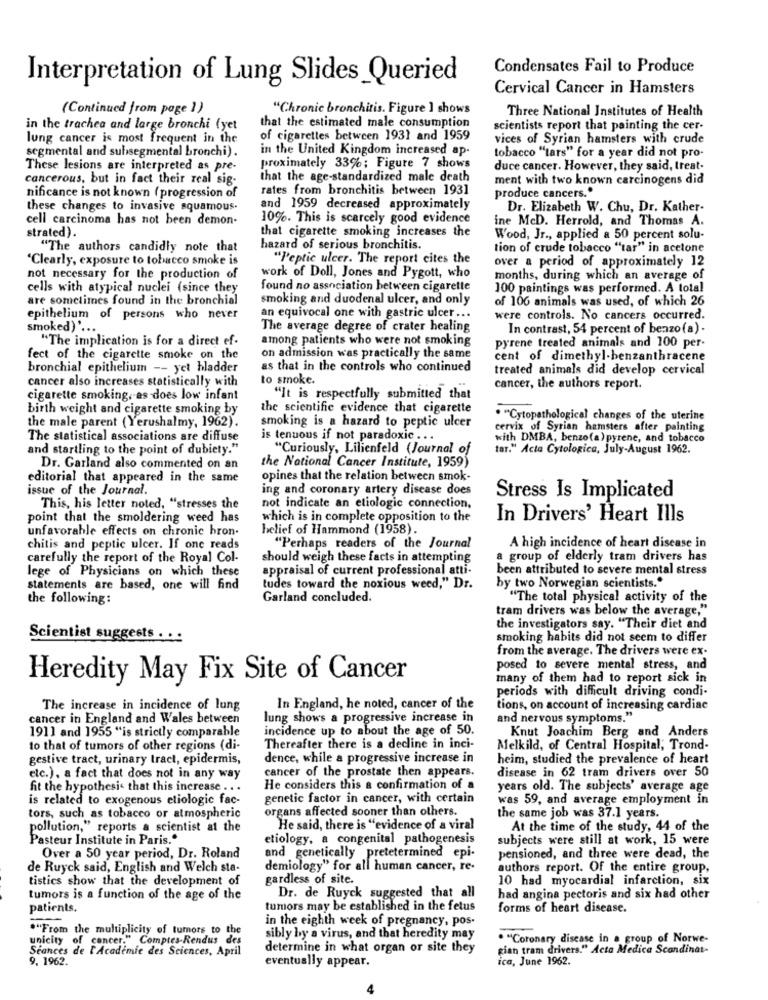
Condensates Fail to Produce
Interpretation of Lung Slides_Queried
Cervical Cancer in Hamsters
(Continued from page 1)
"Chronic bronchitis. Figure ] shows
Three National Institutes of Health
in the trachea and large bronchi (yet
that the estimated male consumption
scientists report that painting the cer-
lung cancer is most frequent in the
of cigarettes between 1931 and 1959
vices of Syrian hamsters with crude
segmental and subsegmental bronchi).
in the United Kingdom increased ap.
tobacco "tars" for a year did not pro-
These lesions are interpreted as pre-
proximately 33%; Figure 7 shows
duce cancer. However, they said, treat-
cancerous, but in fact their real sig-
that the age-standardized male death
ment with two known carcinogens did
rates from bronchitis between 1931
produce cancers."
nificance is not known ( progression of
these changes to invasive squamous-
and 1959 decreased approximately
Dr. Elizabeth W. Chu, Dr. Kather-
cell carcinoma has not been demon-
10%. This is scarcely good evidence
ine McD. Herrold, and Thomas A.
strated).
that cigarette smoking increases the
Wood, Jr ., applied a 50 percent solu-
"The authors candidly note that
hazard of serious bronchitis.
tion of crude tobacco "tar" in acetone
"Clearly, exposure to tobacco smoke is
"l'eptic ulcer. The report cites the
over a period of approximately 12
not necessary for the production of
work of Doll, Jones and Pygott, who
months, during which an average of
cells with atypical nuclei (since they
found no association between cigarette
100 paintings was performed. A total
are sometimes found in the bronchial
smoking and duodenal ulcer, and only
of 106 animals was used, of which 26
epithelium of persons who never
an equivocal one with gastric ulcer ...
were controls. No cancers occurred.
smoked) ' ...
The average degree of crater healing
In contrast, 54 percent of benzo (a).
"The implication is for a direct ef-
among patients who were not smoking
pyrene treated animals and 100 per-
fect of the cigarette smoke on the
on admission was practically the same
cent of dimethyl-benzanthracene
bronchial epithelium -- yet hladder
as that in the controls who continued
treated animals did develop cervical
cancer also increases statistically with
to smoke.
cancer, the authors report.
cigarette smoking, es does low infant
"It is respectfully submitted that
birth weight and cigarette smoking by
the scientific evidence that cigarette
. "Cytopathological changes of the uterine
the male parent (Yerushalmy, 1962).
smoking is a hazard to peptic ulcer
cervix of Syrian hamsters after painting
The statistical associations are diffuse
is tenuous if not paradoxic ...
with DMBA, benzo(a) pyrene, and tobacco
and startling to the point of dubiety."
"Curiously, Lilienfeld (Journal of
tar." Acta Cytologica, July-August 1962.
the National Cancer Institute, 1959)
Dr. Garland also commented on an
editorial that appeared in the same
opines that the relation between smok-
issue of the Journal.
ing and coronary artery disease does
Stress Is Implicated
This, his letter noted, "stresses the
not indicate an etiologic connection,
point that the smoldering weed has
which is in complete opposition to the
In Drivers' Heart Ills
unfavorable effects on chronic hron.
belief of Hammond (1958).
chitis and peptic ulcer. If one reads
"Perhaps readers of the Journal
A high incidence of heart disease in
carefully the report of the Royal Col-
should weigh these facts in attempting
a group of elderly tram drivers has
lege of Physicians on which these
appraisal of current professional atti-
been attributed to severe mental stress
statements are based, one will find
tudes toward the noxious weed," Dr.
by two Norwegian scientists."
the following:
Garland concluded.
"The total physical activity of the
tram drivers was below the average,"
the investigators say. "Their diet and
Scientist suggests . . .
smoking habits did not seem to differ
from the average. The drivers were ex-
posed to severe mental stress, and
Heredity May Fix Site of Cancer
many of them had to report sick in
periods with difficult driving condi-
The increase in incidence of lung
In England, he noted, cancer of the
tions, on account of increasing cardiac
cancer in England and Wales between
lung shows a progressive increase in
and nervous symptoms."
1911 and 1955 "is strictly comparable
incidence up to about the age of 50.
Knut Joachim Berg and Anders
to that of tumors of other regions (di-
Thereafter there is a decline in inci-
Melkild, of Central Hospital, Trond-
gestive tract, urinary tract, epidermis,
dence, while a progressive increase in
heim, studied the prevalence of heart
cancer of the prostate then appears.
disease in 62 tram drivers over 50
etc.), a fact that does not in any way
fit the hypothesis that this increase . . .
He considers this a confirmation of a
years old. The subjects' average age
is related to exogenous etiologic fac-
genetic factor in cancer, with certain
was 59, and average employment in
organs affected sooner than others.
tors, such as tobacco or atmospheric
the same job was 37.1 years.
pollution," reports a scientist at the
He said, there is "evidence of a viral
At the time of the study, 44 of the
Pasteur Institute in Paris."
etiology, a congenital pathogenesis
subjects were still at work, 15 were
Over a 50 year period, Dr. Roland
and genetically pretetermined epi-
pensioned, and three were dead, the
de Ruyck said, English and Welch sta-
demiology" for all human cancer, re-
authors report. Of the entire group,
tistics show that the development of
gardless of site.
10 had myocardial infarction, six
tumors is a function of the age of the
Dr. de Ruyck suggested that all
had angina pectoris and six had other
patients.
tumors may be established in the fetus
forms of heart disease.
in the eighth week of pregnancy, pos.
."From the multiplicity of tumors to the
unicity of concer." Comptes-Rendus des
sibly by a virus, and that heredity may
. "Coronary disease in a group of Norwe-
Seances de l'Academie des Sciences, April
determine in what organ or site they
gian tram drivers." Acta Medica Scandinat-
9. 1962.
eventually appear.
ica, June 1962.